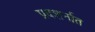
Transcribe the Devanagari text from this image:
प्रदशर्नात